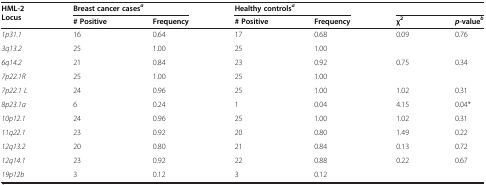
<table><thead><tr><td rowspan="2"><b>HML-2 Locus</b></td><td colspan="2"><b>Breast cancer cases<sup><i>a</i></sup></b></td><td colspan="2"><b>Healthy controls<sup><i>a</i></sup></b></td><td colspan="2">[EMPTY_CELL]</td></tr><tr><td><b># Positive</b></td><td><b>Frequency</b></td><td><b># Positive</b></td><td><b>Frequency</b></td><td><b>χ<sup>2</sup></b></td><td><b><i>p</i>-value<sup><i>b</i></sup></b></td></tr></thead><tbody><tr><td><i>1p31.1</i></td><td>16</td><td>0.64</td><td>17</td><td>0.68</td><td>0.09</td><td>0.76</td></tr><tr><td><i>3q13.2</i></td><td>25</td><td>1.00</td><td>25</td><td>1.00</td><td>[EMPTY_CELL]</td><td>[EMPTY_CELL]</td></tr><tr><td><i>6q14.2</i></td><td>21</td><td>0.84</td><td>23</td><td>0.92</td><td>0.75</td><td>0.34</td></tr><tr><td><i>7p22.1R</i></td><td>25</td><td>1.00</td><td>25</td><td>1.00</td><td>[EMPTY_CELL]</td><td>[EMPTY_CELL]</td></tr><tr><td><i>7p22.1 L</i></td><td>24</td><td>0.96</td><td>25</td><td>1.00</td><td>1.02</td><td>0.31</td></tr><tr><td><i>8p23.1a</i></td><td>6</td><td>0.24</td><td>1</td><td>0.04</td><td>4.15</td><td>0.04*</td></tr><tr><td><i>10p12.1</i></td><td>24</td><td>0.96</td><td>25</td><td>1.00</td><td>1.02</td><td>0.31</td></tr><tr><td><i>11q22.1</i></td><td>23</td><td>0.92</td><td>20</td><td>0.80</td><td>1.49</td><td>0.22</td></tr><tr><td><i>12q13.2</i></td><td>20</td><td>0.80</td><td>21</td><td>0.84</td><td>0.13</td><td>0.72</td></tr><tr><td><i>12q14.1</i></td><td>23</td><td>0.92</td><td>22</td><td>0.88</td><td>0.22</td><td>0.67</td></tr><tr><td><i>19p12b</i></td><td>3</td><td>0.12</td><td>3</td><td>0.12</td><td>[EMPTY_CELL]</td><td>[EMPTY_CELL]</td></tr></tbody></table>